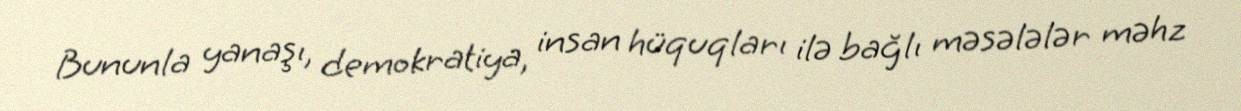
Bununla yanaşı, demokratiya, insan hüquqları ilə bağlı məsələlər məhz